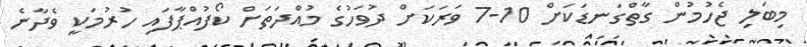
މިބަލި ޖެހުމުން ގާތްގަނޑަކަށް 10-7 ވަރަކަށް ދުވަހުގެ މުއްދަތަށް ކޯފުއްޕާފައި ހުރުމަކީ ވެދާނެ